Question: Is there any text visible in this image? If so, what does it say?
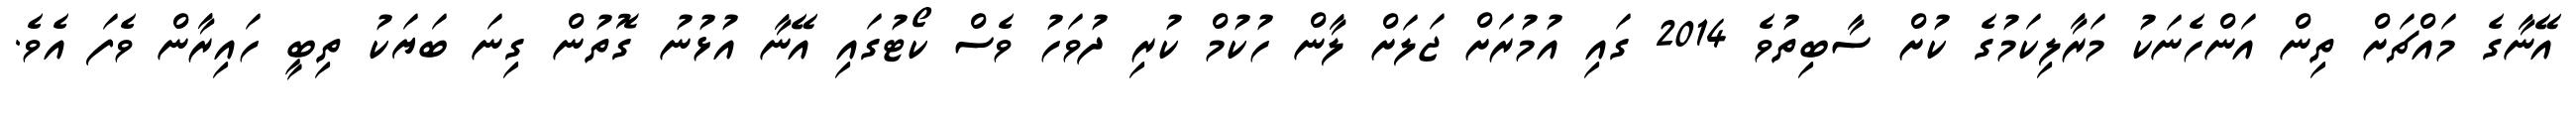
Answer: އޭނާގެ މައްޗަށް ތިން އަންހެނަކު މަރާލިކަމުގެ ކުށް ސާބިތުވެ 2014 ގައި އުމުރަށް ޖަލަށް ލާން ހުކުމް ކުރި ދުވަހު ވެސް ކޯޓުގައި އޭނާ އުޅުނު ގޮތުން ގިނަ ބަޔަކު ތިބީ ހައިރާން ވެފަ އެވެ.